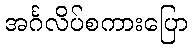
အင်္ဂလိပ်စကားပြော